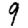
Digit: 9